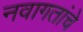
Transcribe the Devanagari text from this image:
नवागतांचे